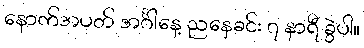
နောက်အပတ် အင်္ဂါနေ့ ညနေခင်း ၇ နာရီ ခွဲပါ။